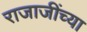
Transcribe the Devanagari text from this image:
राजाजींच्या